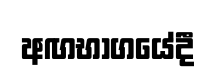
අඟභාගයේදී